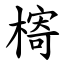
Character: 槣